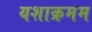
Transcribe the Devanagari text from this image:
यशाक्रमम